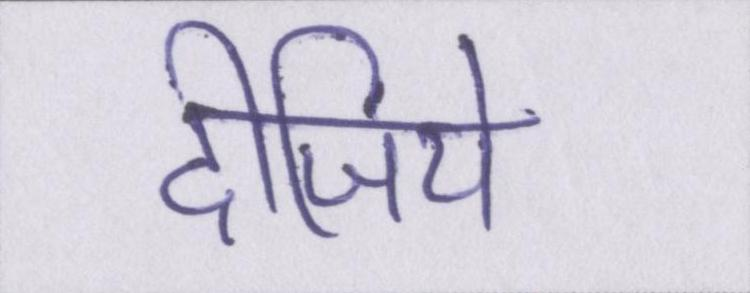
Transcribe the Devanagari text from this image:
दीजिये